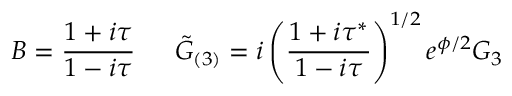
B = \frac { 1 + i \tau } { 1 - i \tau } \, \, \, \, \, \, \, \, \, \tilde { G } _ { ( 3 ) } = i \left( \frac { 1 + i \tau ^ { * } } { 1 - i \tau } \right) ^ { 1 / 2 } e ^ { \phi / 2 } G _ { 3 }